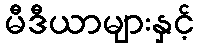
မီဒီယာများနှင့်